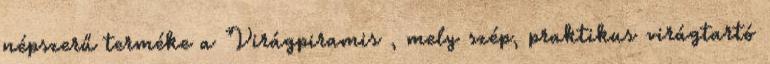
népszerű terméke a Virágpiramis , mely szép, praktikus virágtartó